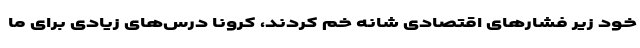
خود زیر فشارهای اقتصادی شانه خم کردند، کرونا درس‌های زیادی برای ما